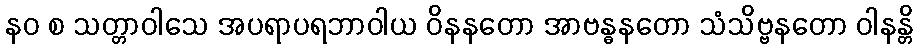
နဝ စ သတ္တာဝါသေ အပရာပရဘာဝါယ ဝိနနတော အာဗန္ဓနတော သံသိဗ္ဗနတော ဝါနန္တိ